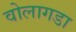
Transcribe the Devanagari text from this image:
वोलागडा